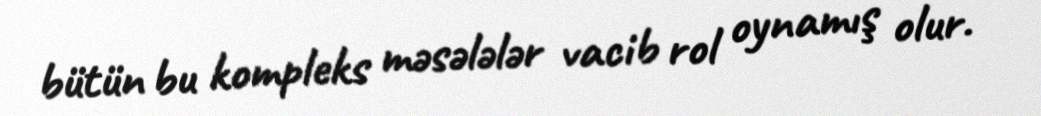
bütün bu kompleks məsələlər vacib rol oynamış olur.